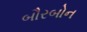
બૌરબોન